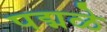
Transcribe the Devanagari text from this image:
पद्मळे